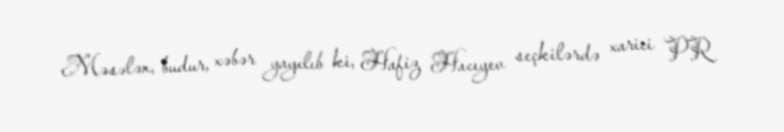
Məsələn, budur, xəbər yayılıb ki, Hafiz Hacıyev seçkilərdə xarici PR